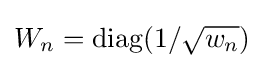
W_{n}=\operatorname {diag} (1/{\sqrt {w_{n}}})